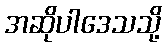
အဆိုပါဒေသသို့